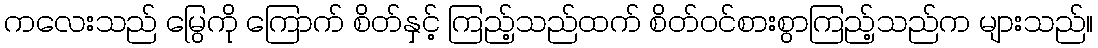
ကလေးသည် မြွေကို ကြောက် စိတ်နှင့် ကြည့်သည်ထက် စိတ်ဝင်စားစွာကြည့်သည်က များသည်။